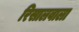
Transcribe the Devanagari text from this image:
रिसालवाला